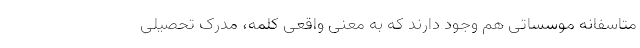
متاسفانه موسساتی هم وجود دارند که به معنی واقعی کلمه، مدرک تحصیلی